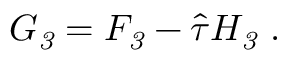
G _ { \it 3 } = F _ { \it 3 } - \hat { \tau } H _ { \it 3 } \ .